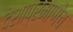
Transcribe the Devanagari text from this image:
देशाप्रमाणेच